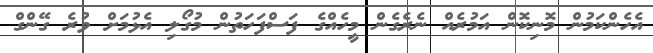
އެހެންކަމުން މޮނިކޮން އަމުރެއް ނެރެގެން މީހެއްގެ ފަސްފަހަތުން މުގޯލި އެޅުމަށް ވުރެ ގޭންގް